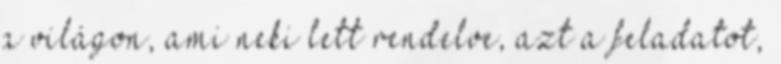
a világon, ami neki lett rendelve, azt a feladatot,